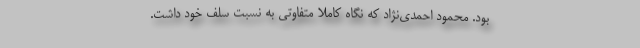
بود. محمود احمدی‌نژاد که نگاه کاملا متفاوتی به نسبت سلف خود داشت.